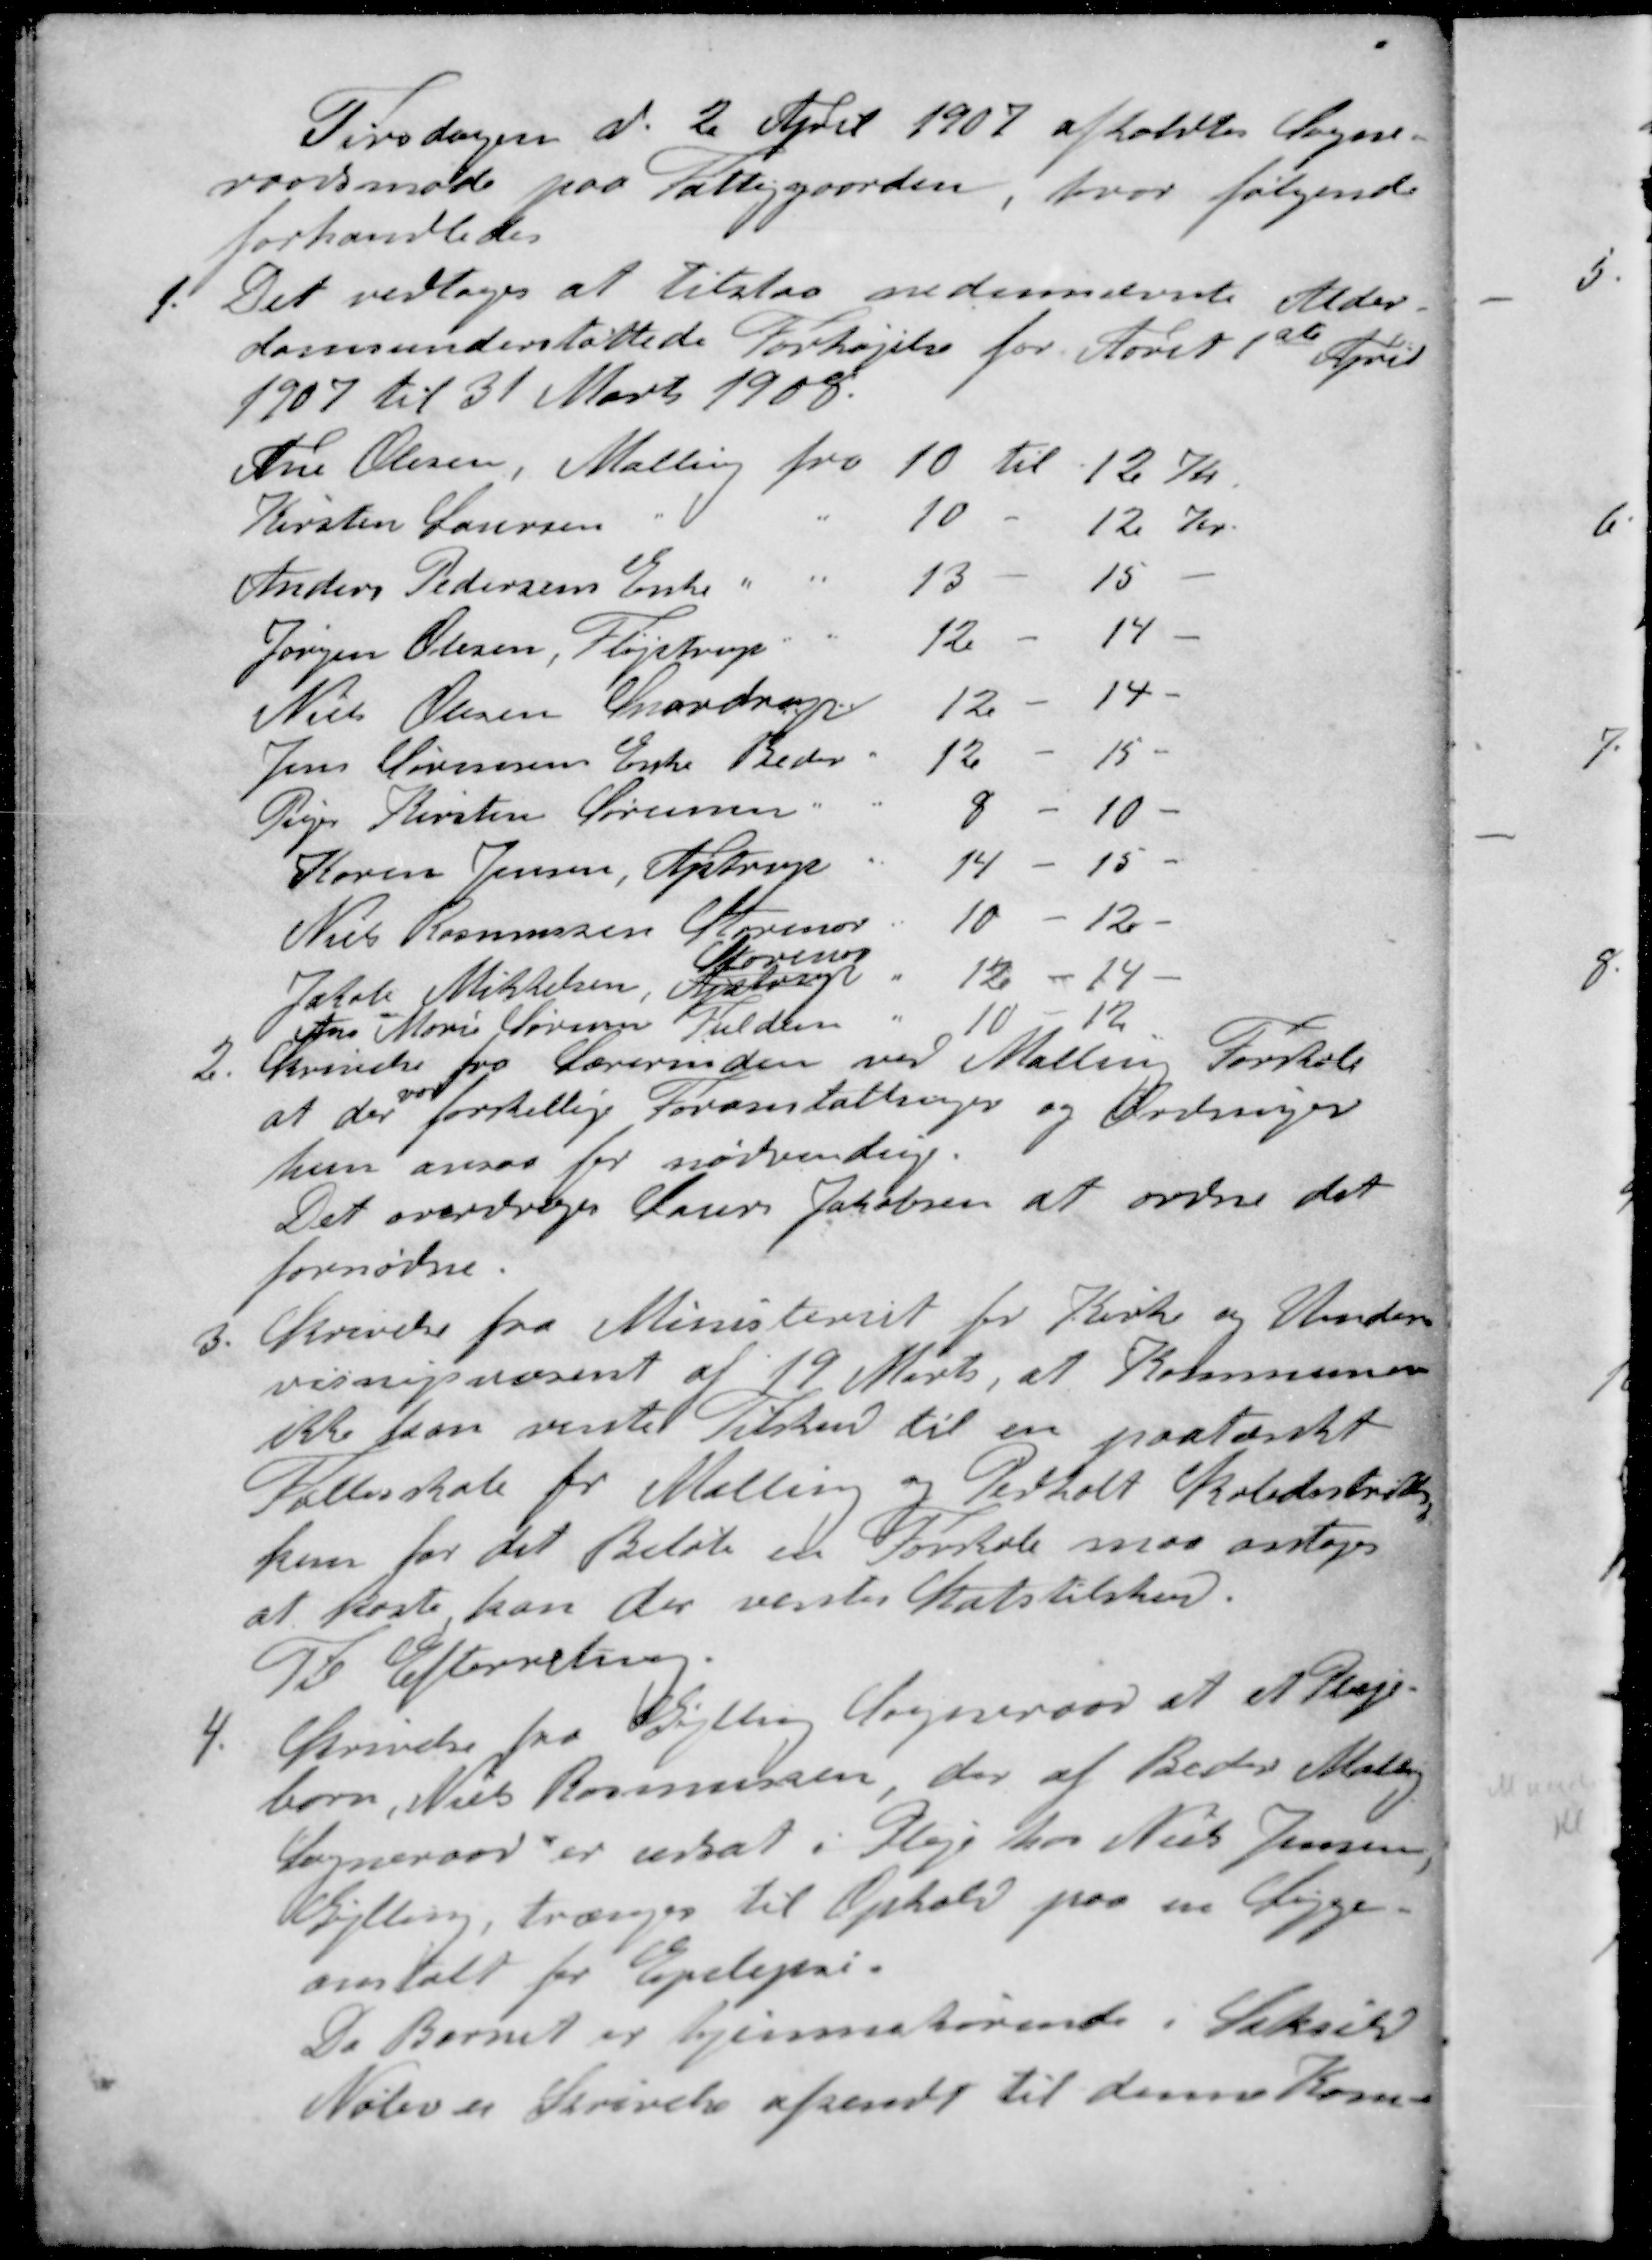
Transskription:
Tirsdagen d. 2 April 1907 afholdtes Sogne-
raadsmøde paa Fattiggaarden, hvor følgende
forhandledes
1. Det vedtoges at tilstaa nedennævnte Alder-
domsunderstøttede Forhøjelse for Aaret 1ste April
1907 til 31 Marts 1908.
Ane Olesen, Malling fra 10 til 12 Kr.
Kirsten Laursen " 10 - 12 Kr.
Anders Pedersens Enke " 13 - 15 -
Jørgen Olesen, Fløjstrup " 12 - 14 -
Niels Olesen Snordrup " 12 - 14 -
Jens Sørensens Enke Beder " 12 - 15 -
Piger Kirsten Sørensen " 9 - 10 -
Køren Jensen, Astrup " 14 - 15 -
Niels Rasmussen Sørensen " 10 - 12 -
Storenor
Jakob Mikkelsen, Astrup " 12 - 14 -
Jens Marie Sørensen Fulden " 10 - 12 -
2. Skrivelse fra Lærerinden ved Malling Forskole
var
at der forskellige Foranstaltninger og Ordninger
hun ansaa for nødvendinge
Det overdroges Laurs Jakobsen at ordne det
fornødne.
3. Skrivelse fra Ministeriet for Kirke og Under-
visningsvæsent af 19 Marts, at Kommunen
ikke kan vente Tilskud til en paatænkt
Fællesskole for Malling og Pedholt Skoledistrikter
kun for det Beløb en Forskole maa antages
at koste, kan der ventes Statstilskud
Til Efterretning.
4. Skrivelse fra Gylling Sogneraad at et Pleje-
barn, Niels Rasmussen der af Beder Malling
Sogneraad er udsat i Pleje hos Niels Jensen,
Gylling, trænger til Ophold paa en Syge-
anstalt for Epilepsi
Da Barnet er hjemmehørende i Saksild
Nølev er Skrivelse afsendt til denne Kom-